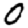
Digit: 0